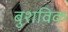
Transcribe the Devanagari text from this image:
बुशविक